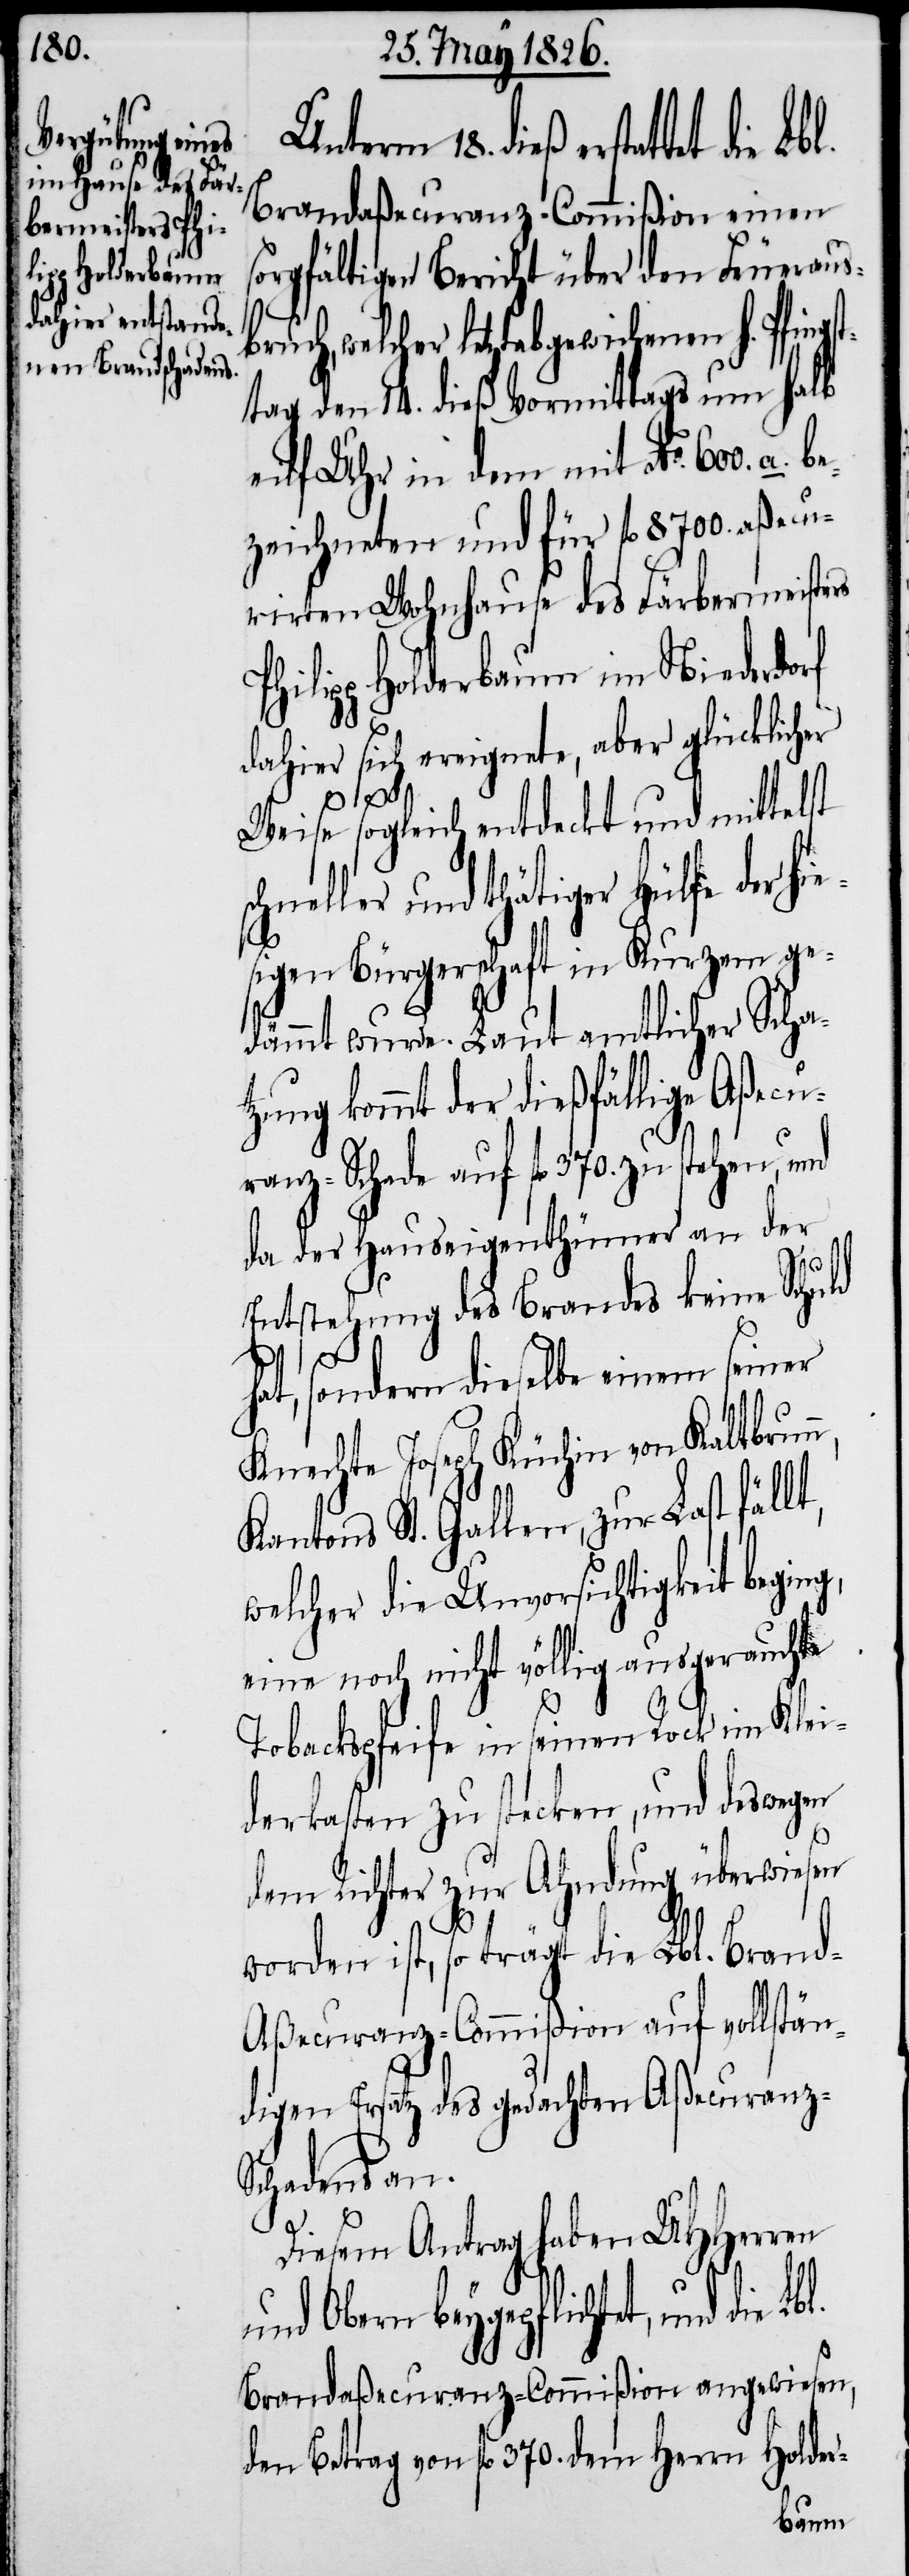
Unterm 18. dieß erstattet die
Brandaßecuranz-Commißion einen
sorgfältigen Bericht über den Feueraus¬
welcher letztabgewichenen h. Pfin¬
tag den 14. dieß Vormittags um halb
elf Uhr in dem mit No. 600. a.
zeichneten und für fl. 8700. aßecu¬
rirten Wohnhause des Färbermeisters
hilipp Holderbaum im Niederdo¬
rf
dahier sich ereignete, aber glücklicher
lt,
Weise sogleich entdeckt und mittelst
chneller und thätiger Hülfe der hi¬
sigen Bürgerschaft in Kurzem ge¬
dämmt wurde. Laut amtlicher Scha¬
tzung kommt der dießfällige Aßecu¬
ranz-Schaden auf fl. 370. zu stehen, und
da der Hauseigenthümer an der
Entstehung des Brandes keine Schuld
hat, sondern dieselbe einem seiner
Knechte Joseph Küchin von Kaltbrun¬
Kantons St. Gallen, zur Last fäl¬
welcher die Unvorsichtigkeit beging,
eine noch nicht völlig ausgerauchte
Tobackspfeife in seinen Rock im Klei¬
derkasten zu stecken, und deswegen
dem Richter zur Ahndung überwiesen
worden ist, so trägt die Lbl. Bran¬
d-Aßecuranz-Commißion auf vollstän¬
digen Ersatz des gedachten Aßecuranz-S¬
chadens an.
Diesem Antrag haben UHHerren
und Obern beygepflichtet, und die
Brandaßecuranz-Commißion angewiesen,
den Betrag von fl. 370. dem Herrn Holder-
be¬